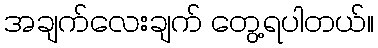
အချက်လေးချက် တွေ့ရပါတယ်။